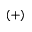
( + )